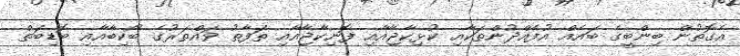
އެގޮތުން ބިންބީގެ ބައެއް އުފެއްދުންތަކާއި ކުޅިކާޖާއާއި ފޮނިކާޖާއާއި ތަފާތު ވައްތަރުގެ ބޯކިބާއާއި ބޮޑިބަތް